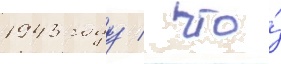
1943 году / что́